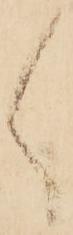
ゝ